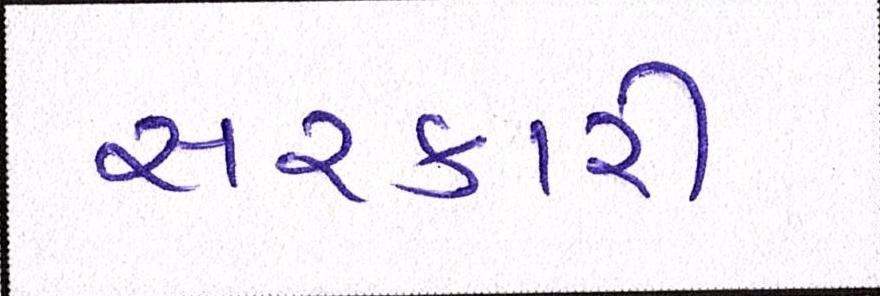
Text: સરકારી